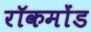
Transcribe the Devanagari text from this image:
रॉकमोंड